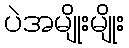
ပဲအမျိုးမျိုး